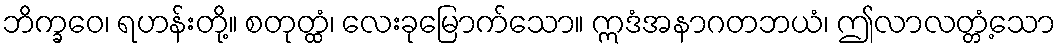
ဘိက္ခဝေ၊ ရဟန်းတို့။ စတုတ္ထံ၊ လေးခုမြောက်သော။ ဣဒံအနာဂတဘယံ၊ ဤလာလတ္တံ့သော